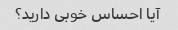
آیا احساس خوبی دارید؟